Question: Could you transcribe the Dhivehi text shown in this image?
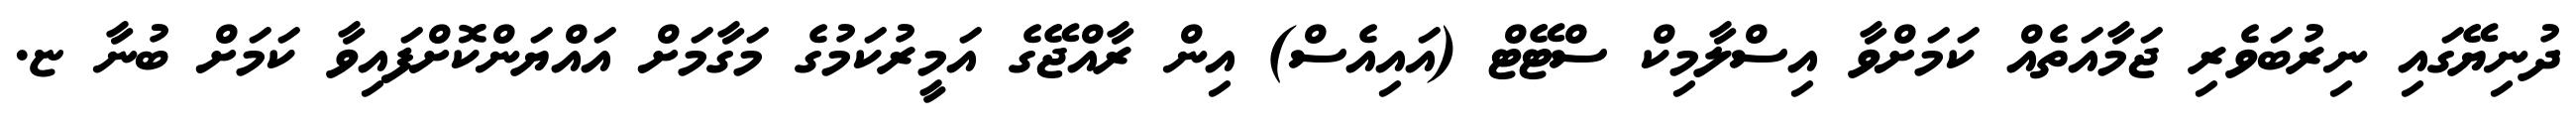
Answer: ދުނިޔޭގައި ނިރުބަވެރި ޖަމާއަތެއް ކަމަށްވާ އިސްލާމިކް ސްޓޭޓް (އައިއެސް) އިން ރާއްޖޭގެ އަމީރުކަމުގެ މަގާމަށް އައްޔަންކޮށްފައިވާ ކަމަށް ބުނާ ޏ.